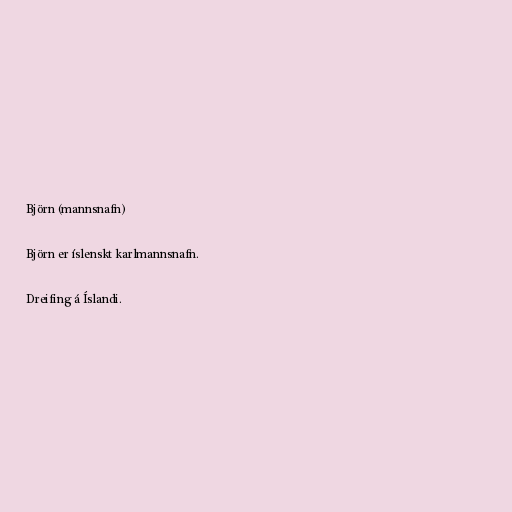
Björn (mannsnafn)

Björn er íslenskt karlmannsnafn.

Dreifing á Íslandi.